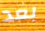
بعد